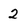
Character: 2